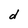
Character: d